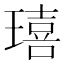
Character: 𤩠